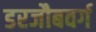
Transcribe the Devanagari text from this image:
डरजौबवर्ग